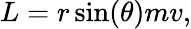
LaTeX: L=r\sin(\theta)mv,